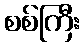
စစ်ကြီး